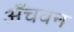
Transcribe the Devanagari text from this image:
अँचवन